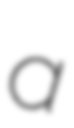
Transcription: a